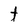
Character: t